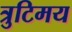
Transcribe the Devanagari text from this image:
त्रुटिमय